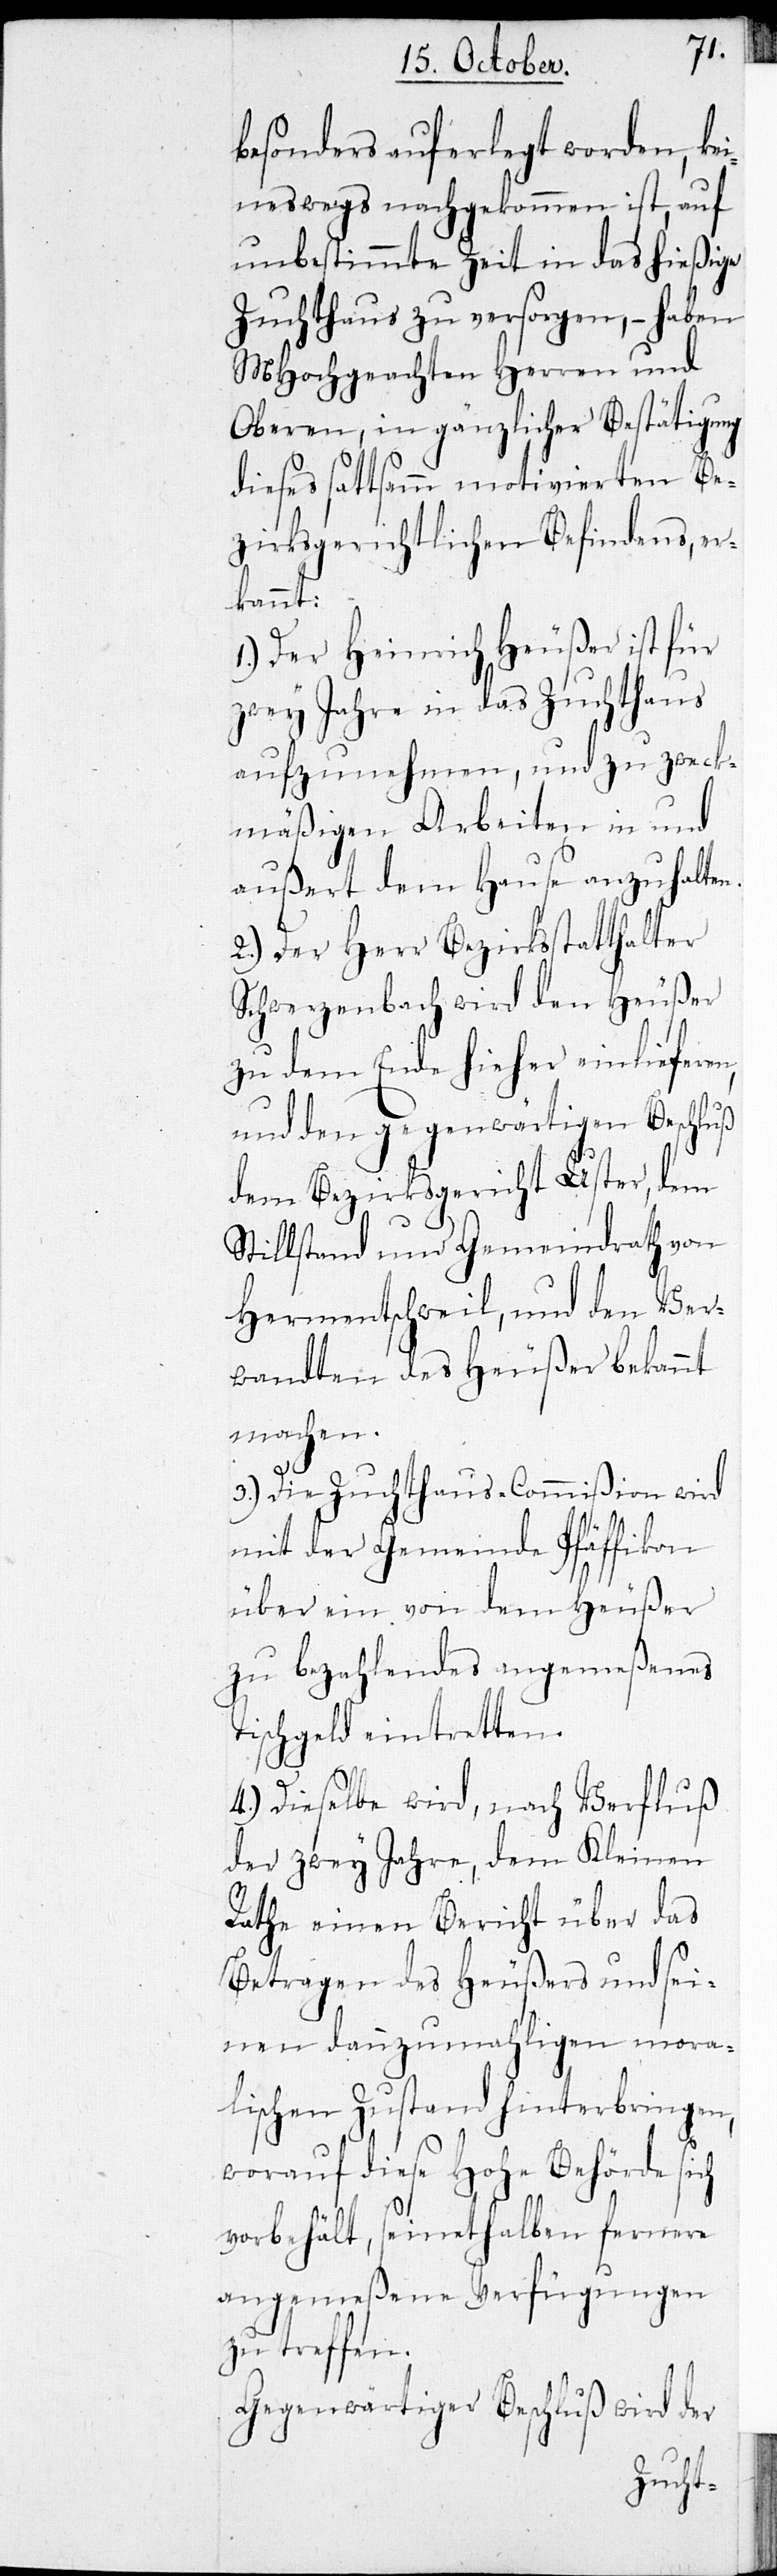
besonders auferlegt worden, kei¬
neswegs nachgekommen ist, auf
unbestimmte Zeit in das hießige
Zuchthaus zu versorgen, – haben
MHochgeachten Herren und
Oberen, in gänzlicher Bestätigung
dieses sattsamm motivierten be¬
zirksgerichtlichen Befindens, er¬
kannt:
1.) Der Heinrich Heuser ist für
zwey Jahre in das Zuchthaus
aufzunehmen, und zu zweck¬
mäßigen Arbeiten in und
außert dem Hause anzuhalten.
2.) Der Herr Bezirksstatthalter
Schwerzenbach wird den Heußer
zu dem Ende hieher einlieferen,
und den gegenwärtigen Beschluß
dem Bezirksgericht Uster, dem
Stillstand und Gemeindrath von
Hermatschweil, und den Ver¬
wandten des Heußer bekannt
machen.
3.) Die Zuchthaus-Commißion wird
mit der Gemeinde Pfäffikon
über ein von dem Heußer
zu bezahlendes angemeßenes
Tischgeld eintretten.
4.) Dieselbe wird, nach Verfluß
der zwey Jahre, dem Kleinen
Rathe einen Bericht über das
Betragen des Heußers und sei¬
nen dannzumahligen mora¬
lischen Zustand hinterbringen,
worauf dieses Hohe Behörde sich
vorbehält, seinethalben fernere
angemeßene Verfügungen
zu treffen.
Gegenwärtiger Beschluß wird der